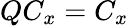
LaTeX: QC_{x}=C_{x}